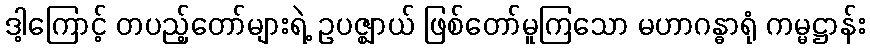
ဒါ့ကြောင့် တပည့်တော်များရဲ့ ဥပဇ္ဈာယ် ဖြစ်တော်မူကြသော မဟာဂန္ဓာရုံ ကမ္မဋ္ဌာန်း